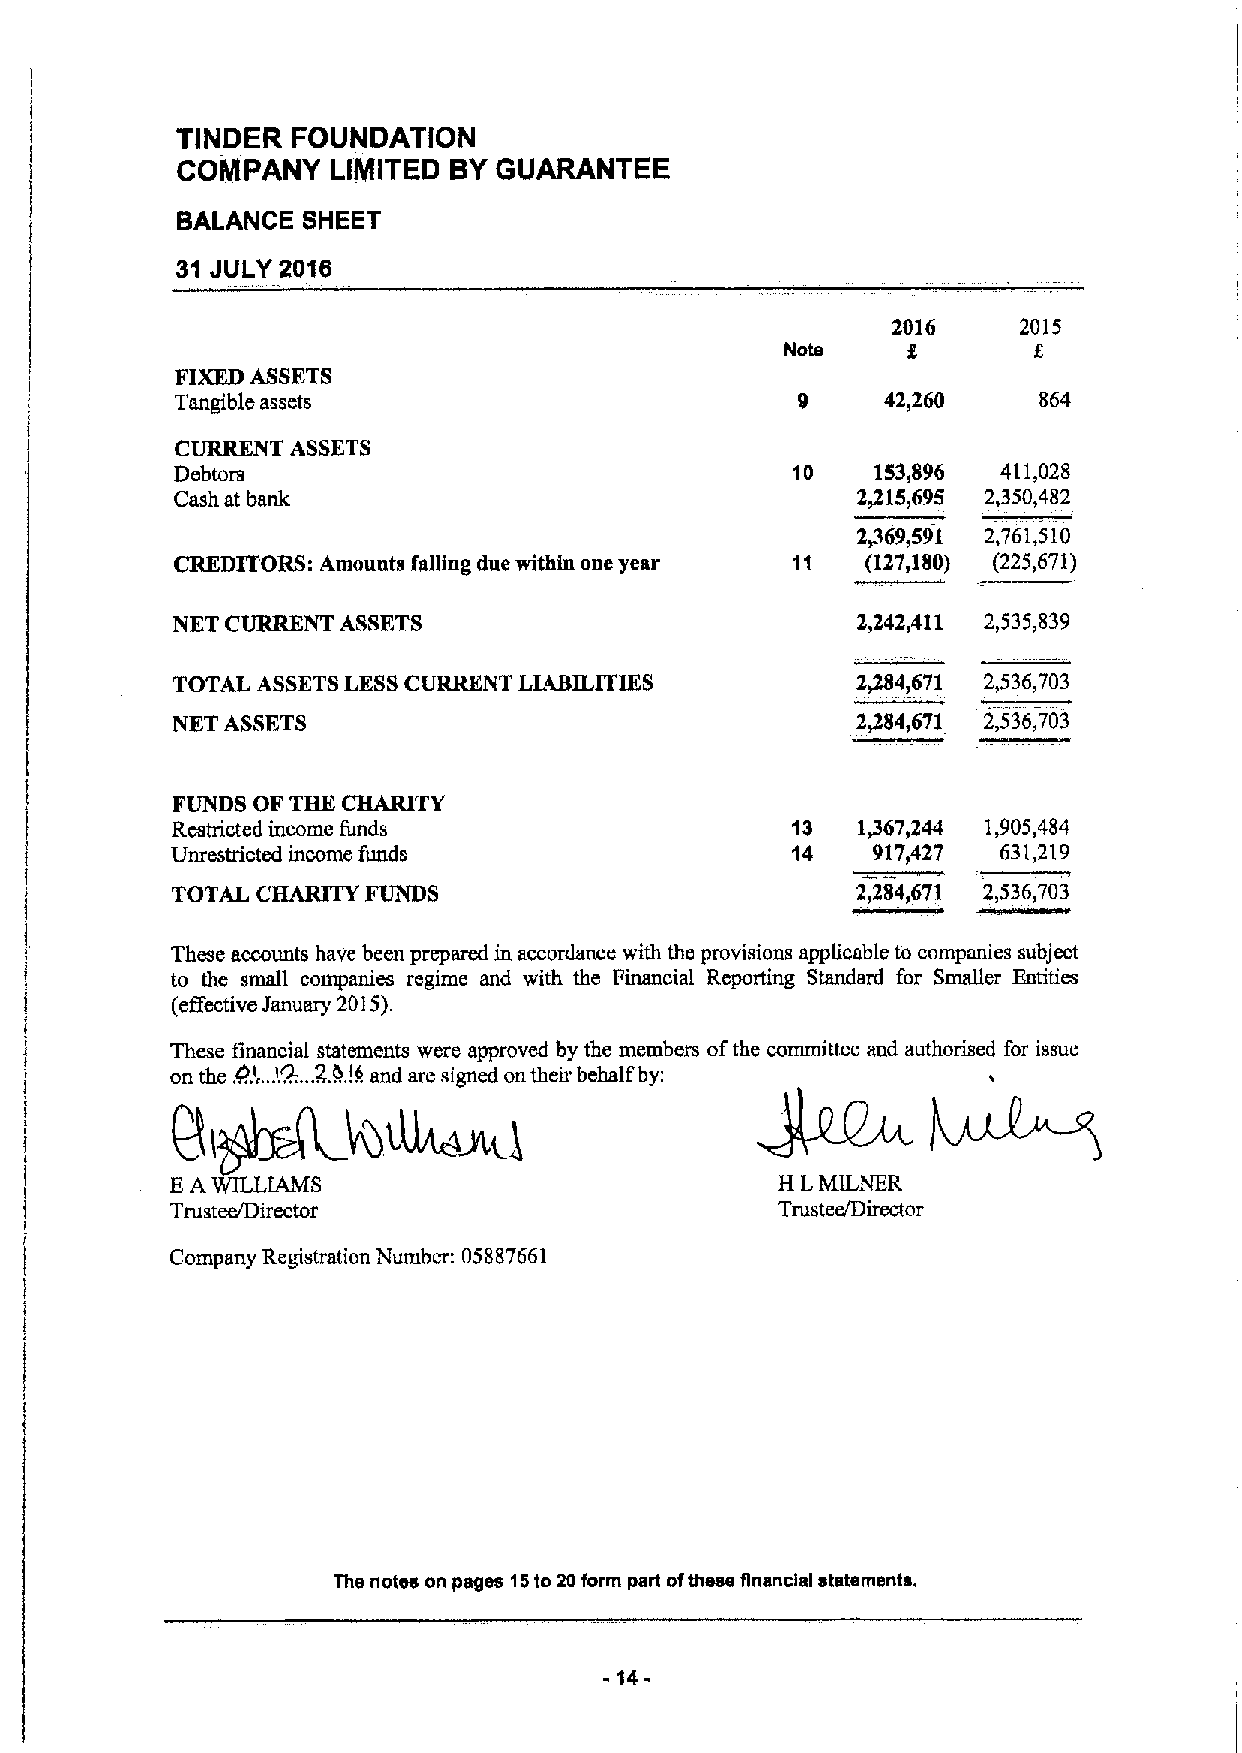
TINDER FOUNDATION
 COIIPANY  LIMITED BYGUARANTEE
 BALANCE SHEET
 31 JULY 2016
 2016     2015
 Note
 FIXEDASSETS
 Tangible assets                          9     42&260    864
 CURRENT ASSETS
 Debtors                                 10    153,896 411,028
 Cash at bank                                 2/15,695 2,350,482
 2@69,591 2,761,510
 CREDITORS: Amounts falling due within one year 11 (127,180) (225,671)
 NET CURRENT ASSETS                            2,242,411 2,535,839
 TOTAL ASSETSLESSCURRENT LIABILITIES           2~4&671 2,536,703
 NET ASSETS                                    2/84, 671 2,536,703
 FUNDS OF THE CHAIOTY
 Restricted income funds                  13   1@67&244 1,905,484
 Unrestricted income funds                14    917,427 631/19
 TOTAL CHARITY FUNDS                           2,284,671 2,536,703
 These accounts have been prepared in accordance with the provisions applicable to companies subject
 to the small companies regime and with the Financial Reporting Standard for Smaller Entities
 (effective January 2015).
 These financial statements were approved by the members ofthe committee and authorised for issue
 !2.
 on the .t5!... ..2,l).!4 and are signed on their behalf by:
 Bl~@tusdwI
 EAWILLIAMS                               H LMILNER
 Trustee/Director                         Trustee&TIirector
 Company Registration Number: 05887661
 The notes on pages 15to 20 form part ofthese financial statements.
 14-